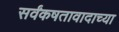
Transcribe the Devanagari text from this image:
सर्वंकषतावादाच्या